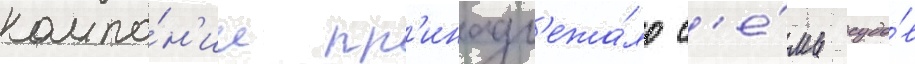
компа́н'ии пр'инадл'ежа́ло с'е́мь судо́в